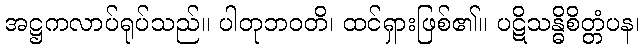
အဋ္ဌကလာပ်ရုပ်သည်။ ပါတုဘဝတိ၊ ထင်ရှားဖြစ်၏။ ပဋိသန္ဓိစိတ္တံပန၊